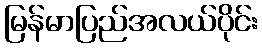
မြန်မာပြည်အလယ်ပိုင်း